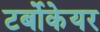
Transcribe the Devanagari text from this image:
टर्बोकेयर